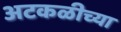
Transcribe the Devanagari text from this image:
अटकळीच्या